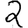
Digit: 2